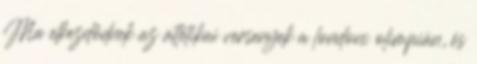
Ma elkezdődnek az atlétikai versenyek a londoni olimpián, és